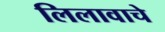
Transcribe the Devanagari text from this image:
लिलावाचे